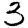
Digit: 3